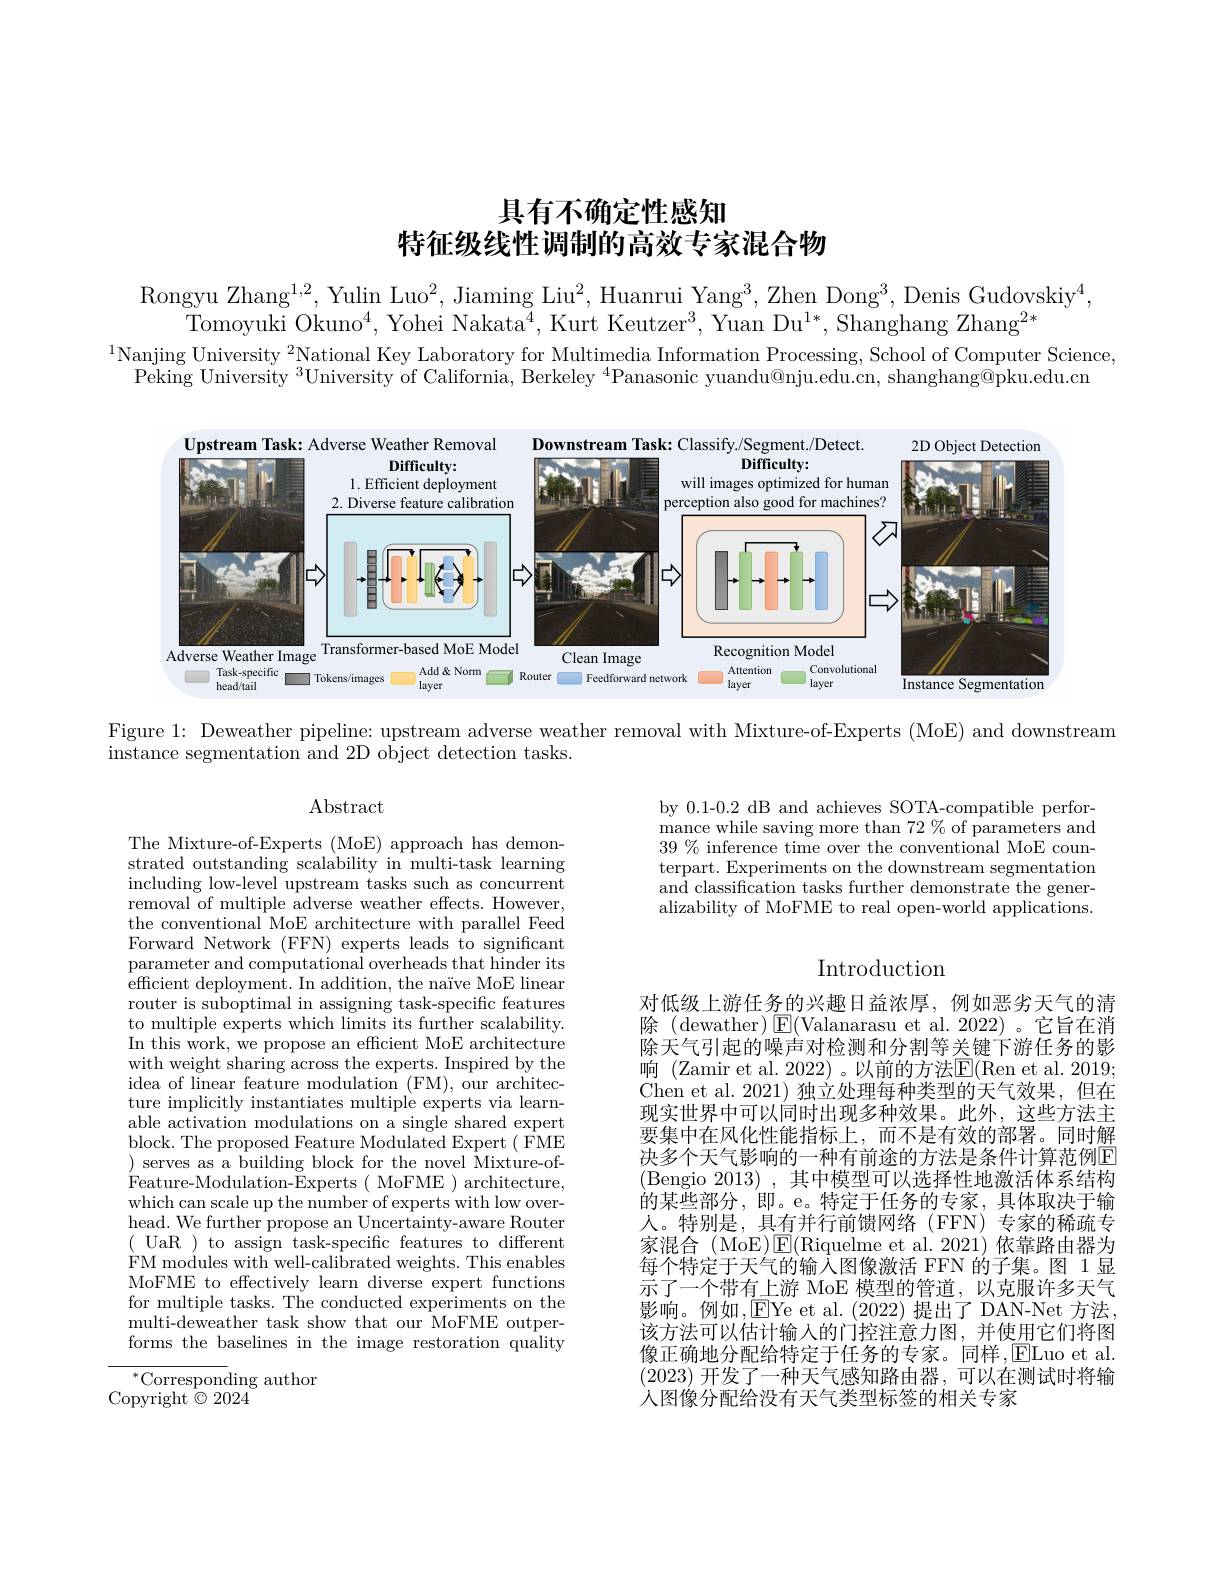
# 具有不确定性感知特征级线性调制的高效专家混合物

Rongyu Zhang$^1,2$, Yulin Luo$^2$, Jiaming Liu$^2$, Huanrui Yang$^3$, Zhen Dong$^3$, Denis Gudovskiy$^4$
Tomoyuki Okuno$^4$,Yohei Nakata$^4$,Kurt Keutzer$^3$,Yuan Du$^1*$,Shanghang Zhang$^2*$

$^{1}$Nanjing University $^2$National Key Laboratory for Multimedia Information Processing, School of Computer Science,

$\text{Peking University }^{3}$University of California, Berkeley $^4$Panasonic yuandu@nju.edu.cn, shanghang@pku.edu.cn

<FigureHere>

Figure 1: Deweather pipeline: upstream adverse weather removal with Mixture-of-Experts (MoE) and downstream

instance segmentation and 2D object detection tasks.

Abstract

by 0.1-0.2 dB and achieves SOTA-compatible performance while saving more than 72 % of parameters and $39\%$ inference time over the conventional MoE counterpart. Experiments on the downstream segmentation and classification tasks further demonstrate the generalizability of MoFME to real open-world applications.

# Introduction

The Mixture-of-Experts (MoE) approach has demonstrated outstanding scalability in multi-task learning including low-level upstream tasks such as concurrent removal of multiple adverse weather effects. However, the conventional MoE architecture with parallel Feed Forward Network (FFN) experts leads to significant parameter and computational overheads that hinder its efficient deployment. In addition, the naïve MoE linear router is suboptimal in assigning task-specific features to multiple experts which limits its further scalability. In this work, we propose an effcient MoE architecture with weight sharing across the experts. Inspired by the idea of linear feature modulation (FM), our architecture implicitly instantiates multiple experts via learnable activation modulations on a single shared expert block. The proposed Feature Modulated Expert $(\tilde{\mathrm{FME}}$ )serves as a building block for the novel Mixture-of- $\text{\' {F}eature- Modulation- \v {E}xperts( MoFME) architecture, }$ which can scale up the number of experts with low overhead. We further propose an Uncertainty-aware Router ( UaR ) to assign task-specific features to different FM modules with well-calibrated weights. This enables MoFME to effectively learn diverse expert functions for multiple tasks. The conducted experiments on the $\bar{\text{multi-deweather task show that our MoFME outper-}}$ forms the baselines in the image restoration quality

对低级上游任务的兴趣日益浓厚，例如恶劣天气的清除 (dewather) $\boxed{\mathrm{F}}($Valanarasu et al.2022)。它旨在消除天气引起的噪声对检测和分割等关键下游任务的影响 (Zamir et al. 2022) 。以前的方法E(Ren et al. 2019; Chen et al. 2021) 独立处理每种类型的天气效果，但在现实世界中可以同时出现多种效果。此外，这些方法主要集中在风化性能指标上，而不是有效的部署。同时解决多个天气影响的一种有前途的方法是条件计算范例E (Bengio 2013),其中模型可以选择性地激活体系结构的某些部分，即。e。特定于任务的专家，具体取决于输人。特别是，具有并行前馈网络(FFN)专家的稀疏专家混合(MoE)$\operatorname{E}($Riquelme et al.2021)依靠路由器为每个特定于天气的输入图像激活 FFN 的子集。图 1显示了一个带有上游 MoE 模型的管道，以克服许多天气影响。例如，EYe et al.(2022) 提出了 DAN-Net 方法该方法可以估计输入的门控注意力图，并使用它们将图像正确地分配给特定于任务的专家。同样$,\underline{\mathrm{E}}$Luo et al (2023)开发了一种天气感知路由器，可以在测试时将输入图像分配给没有天气类型标签的相关专家

$^{*}$Corresponding author
Copyright$\bar{\otimes}2024$